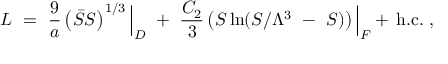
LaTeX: { \cal L } ~ = ~ \frac { 9 } { a } \left( \bar { S } S \right) ^ { 1 / 3 } \Big | _ { D } ~ + ~ \frac { C _ { 2 } } { 3 } \left( S \ln ( S / \Lambda ^ { 3 } ~ - ~ S ) \right) \Big | _ { F } + \, \mathrm { h . c . } ~ ,